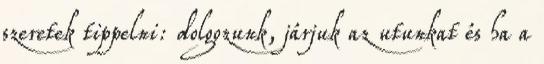
szeretek tippelni: dolgozunk, járjuk az utunkat és ha a